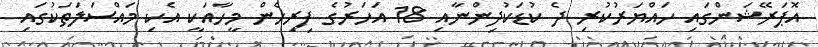
އޮޕަރޭޝަންގައި ހައްޔަރުކުރި ދެ ކުޑަކުދިންނާއި 18 އަހަރުގެ ފިރިހެން މީހާއަކީ އެކި މައްސަލަތަކުގައި